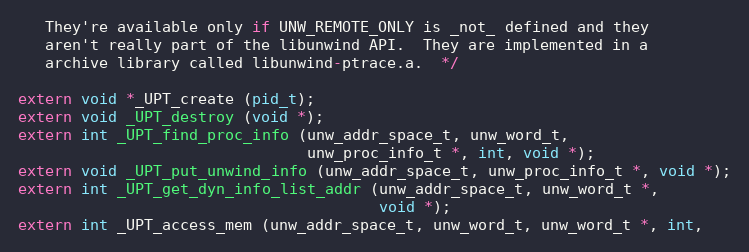
Language: C
   They're available only if UNW_REMOTE_ONLY is _not_ defined and they
   aren't really part of the libunwind API.  They are implemented in a
   archive library called libunwind-ptrace.a.  */

extern void *_UPT_create (pid_t);
extern void _UPT_destroy (void *);
extern int _UPT_find_proc_info (unw_addr_space_t, unw_word_t,
                                unw_proc_info_t *, int, void *);
extern void _UPT_put_unwind_info (unw_addr_space_t, unw_proc_info_t *, void *);
extern int _UPT_get_dyn_info_list_addr (unw_addr_space_t, unw_word_t *,
                                        void *);
extern int _UPT_access_mem (unw_addr_space_t, unw_word_t, unw_word_t *, int,